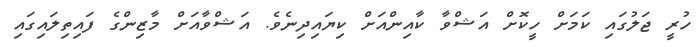
ހުރީ ޖަލުގައި ކަމަށް ހީކޮށް އަޝްވާ ކާއިންއަށް ކިޔައިދިނެވެ. އަޝްވާއަށް މާޒިންގެ ފައިތިލައިގައި